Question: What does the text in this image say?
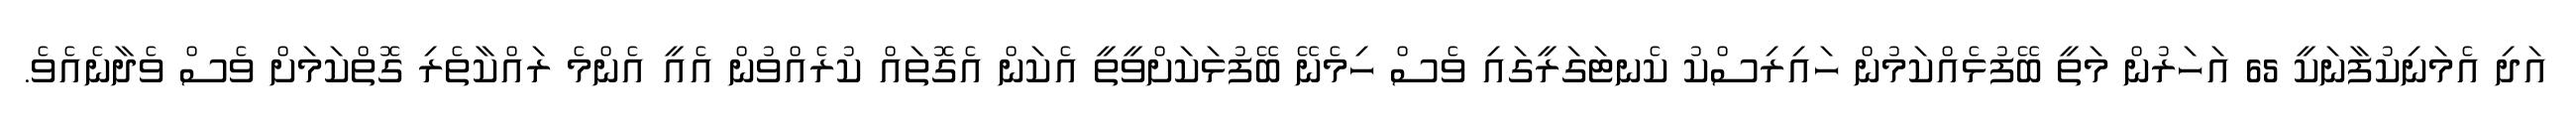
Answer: އަދި އެމަނިކުފާނަކީ 65 އަހަރުން މަތީ ބޭފުޅެއްކަމުން ހައިރިސްކު ކެނޓަގަރީގައި ވެސް ހިމެނޭ ބޭފުޅަކަށްވީތީ އެކަން އެގޮތައް ކުރެއްވުން އެއީ އެންމެ ރައްކާތެރި ގޮތްކަމަށް ވެސް ވެދާނެއެވެ.